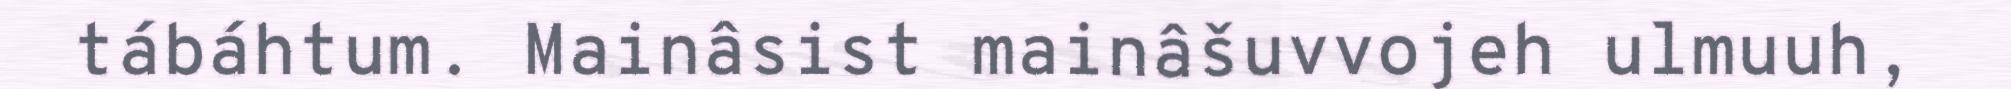
tábáhtum. Mainâsist mainâšuvvojeh ulmuuh,